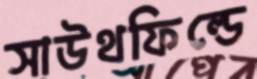
সাউথফিল্ডে